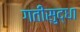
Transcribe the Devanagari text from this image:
गतीसुद्धा